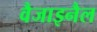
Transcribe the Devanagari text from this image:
वैजाइनैल